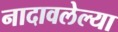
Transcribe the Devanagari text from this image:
नादावलेल्या